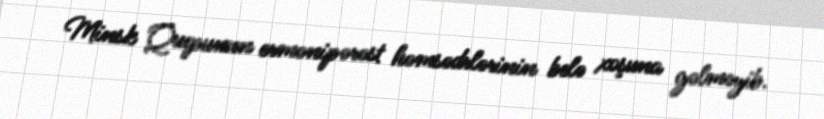
Minsk Qrupunun ermənipərəst həmsədrlərinin belə xoşuna gəlməyib.